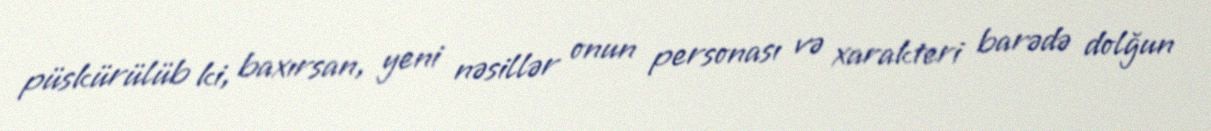
püskürülüb ki, baxırsan, yeni nəsillər onun personası və xarakteri barədə dolğun